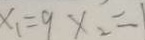
x _ { 1 } = 9 x _ { 2 } =